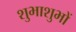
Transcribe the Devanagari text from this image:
शुभाशुभों